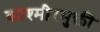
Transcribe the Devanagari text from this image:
काश्मीरमुक्ती